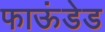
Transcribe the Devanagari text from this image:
फाऊंडेड